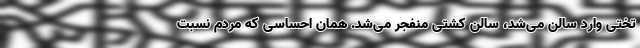
تختی وارد سالن می‌شد، سالن کشتی منفجر می‌شد. همان احساسی که مردم نسبت